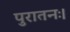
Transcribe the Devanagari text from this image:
पुरातनः।